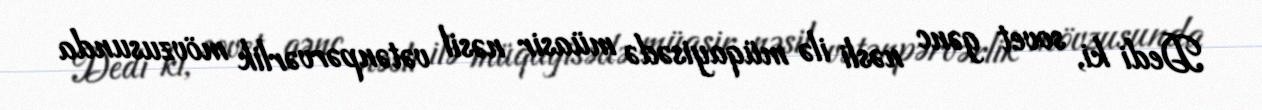
Dedi ki, sovet gənc nəsli ilə müqayisədə müasir nəsil vətənpərvərlik mövzusunda